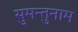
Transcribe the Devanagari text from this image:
सुमन्तुनाम